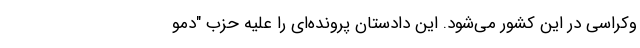
وکراسی در این کشور می‌شود. این دادستان پرونده‌ای را علیه حزب "دمو